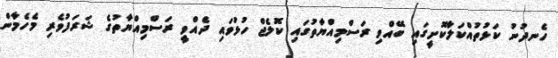
ހެނދުނު ކަޅުތުއްކަލާކޮށީގައި ބޭއްވި ރަސްމިއްޔާތުގައި ކޮލެޖް ހުޅުވައި ދެއްވީ ރަސްމިއްޔާތުގެ ޝަރަފުވެރި މެހެމާން